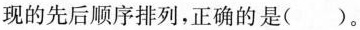
现的先后顺序排列，正确的是( )。